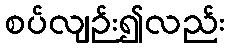
စပ်လျဉ်း၍လည်း